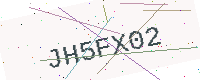
Text: JH5FX02